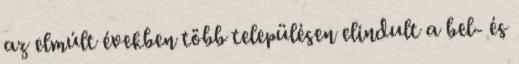
az elmúlt években több településen elindult a bel- és